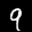
Digit: 9